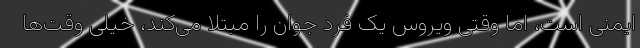
ایمنی است، اما وقتی ویروس یک فرد جوان را مبتلا می‌کند، خیلی وقت‌ها